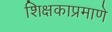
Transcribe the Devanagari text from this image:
शिक्षकाप्रमाणे